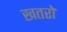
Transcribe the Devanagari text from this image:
खतरो